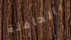
بالحافلة